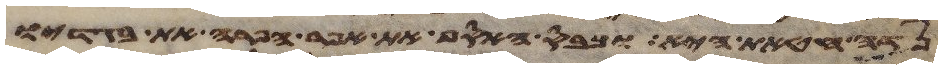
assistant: נדה חטאת היא וכבס האסף את אפר הפרה את בגדיו